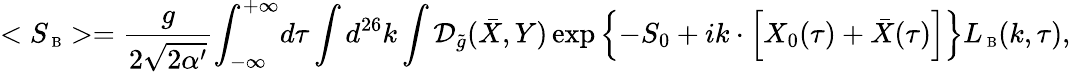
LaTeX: <{S_{\mathrm{\scriptsize~B}}}>={\frac{g}{2\sqrt{2\alpha^{\prime}}}}{\int_{-\infty}^{+\infty}}d\tau\int{d^{26}}k\int{\mathcal{D}_{\tilde{g}}}(\bar{X},Y)\exp\left\{ -{S_{0}}+ik\cdot\left[{X_{0}}(\tau)+\bar{X}(\tau)\right]\right\} {L_{\mathrm{\scriptsize~B}}}(k,\tau),